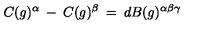
C ( g ) ^ { \alpha } \: - \: C ( g ) ^ { \beta } \: = \: d B ( g ) ^ { \alpha \beta \gamma }